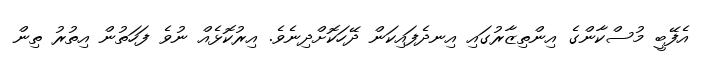
އެފޭބީ މުސްކާންގެ އިންތިޒާރުގައި އިނދެފައިކަން ދޭހަކޮށްދިނެވެ. އިރުކޮޅެއް ނުވެ ފަހަތުން އިތުރު ތިން